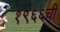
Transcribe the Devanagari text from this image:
१९६६ची